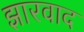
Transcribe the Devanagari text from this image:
झारवाद